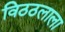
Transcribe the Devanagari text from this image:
विठठलाला